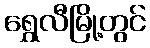
ရွှေလီမြို့တွင်